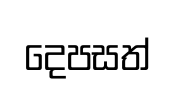
දෙපසත්